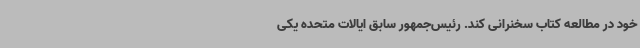
خود در مطالعه کتاب‌ سخنرانی کند. رئیس‌جمهور سابق ایالات متحده یکی